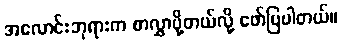
အလောင်းဘုရားက စာလွှာပို့တယ်လို့ ဖော်ပြပါတယ်။